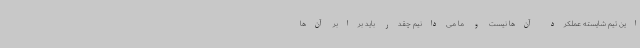
این تیم شایسته عملکرد آن‌ها نیست و ما می‌دانیم چقدر باید برابر آن‌ها